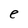
Character: e